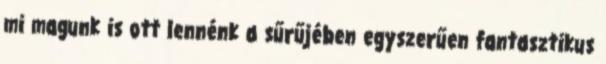
mi magunk is ott lennénk a sűrűjében egyszerűen fantasztikus